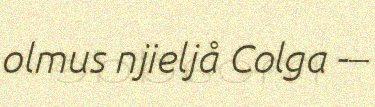
olmus njieljå Colga -–